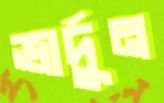
ভার্দুন